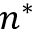
n ^ { * }